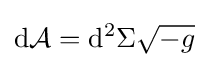
\mathrm {d} {\mathcal {A}}=\mathrm {d} ^{2}\Sigma {\sqrt {-g}}